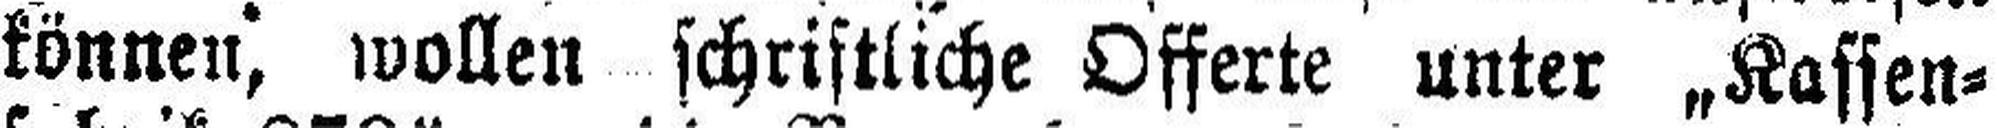
können, wollen schriftliche Offerte unter „Kassen¬